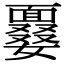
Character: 𩈽